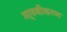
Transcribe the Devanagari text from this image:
मा्रुवीकरण